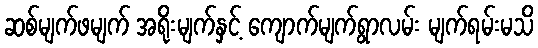
ဆစ်မျက်ဖမျက် အရိုးမျက်နှင့် ကျောက်မျက်ရွာလမ်း မျက်ရမ်းမသိ